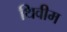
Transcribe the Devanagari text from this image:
थिवीम